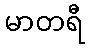
မာတရီ